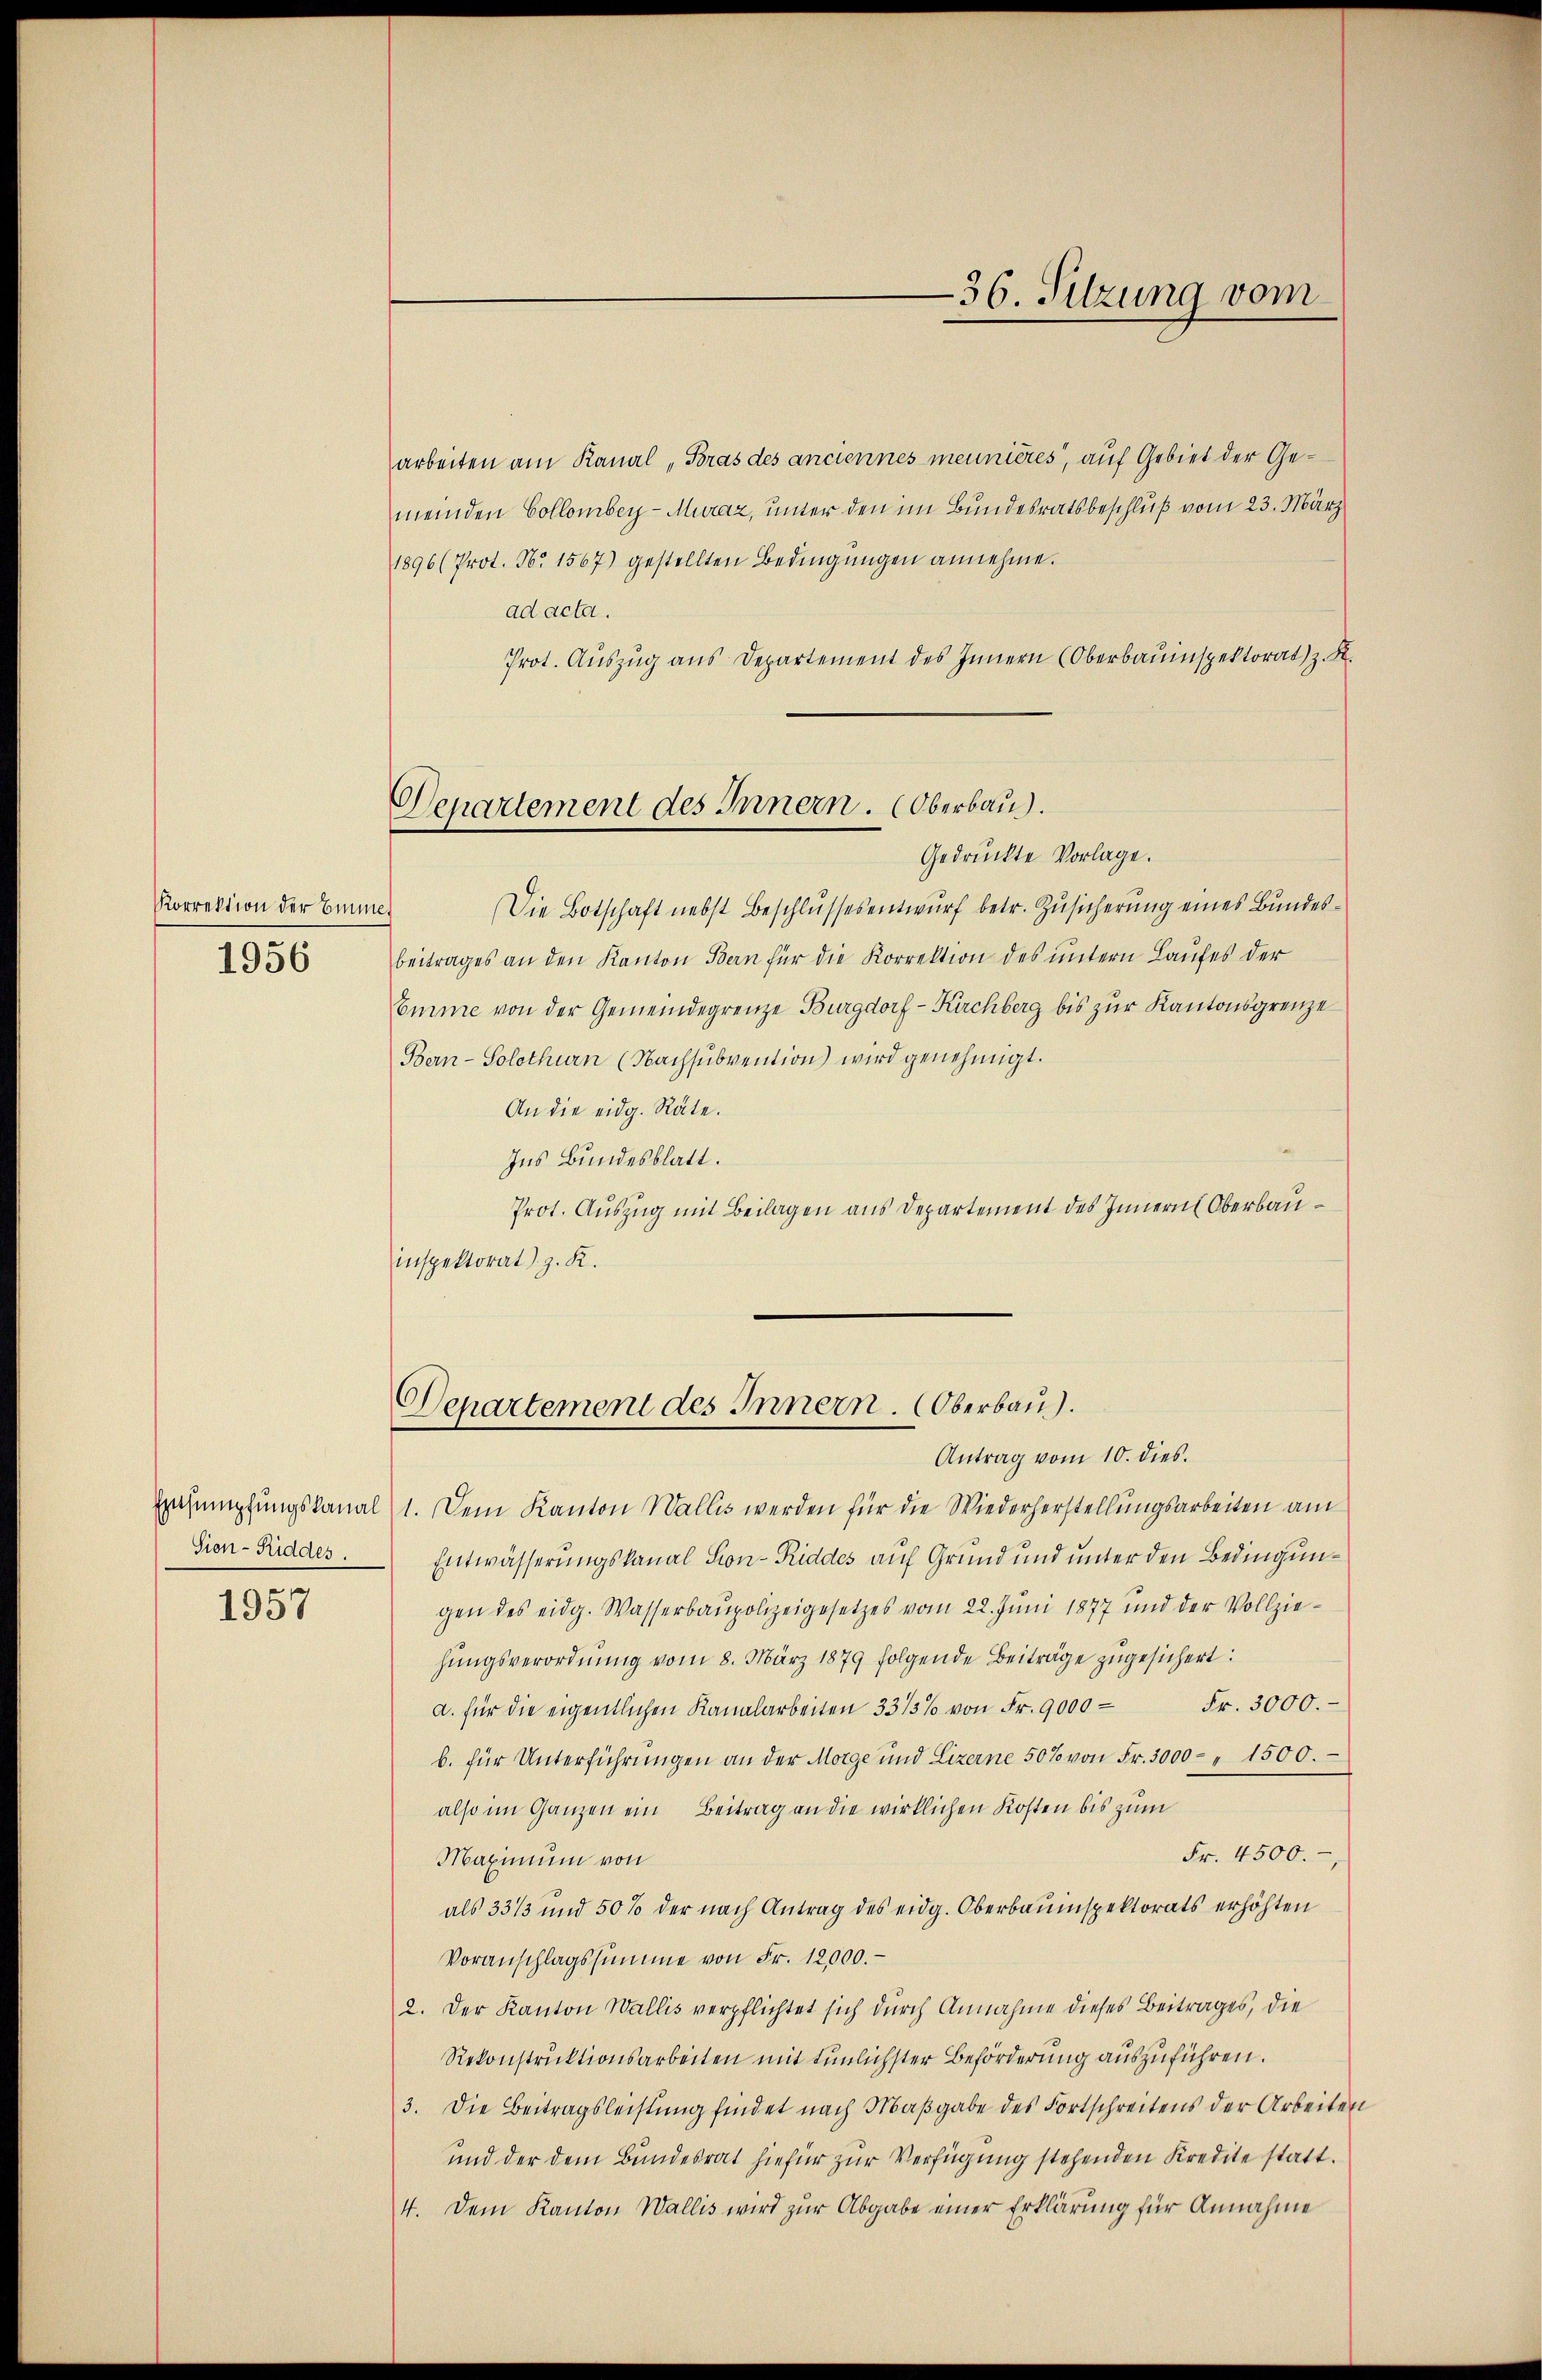
Korrektion der Benn

1956

Tion-Riddes

1957

Departement des Innern. Oberbau.
Gedruckte Vorlage.

Departement des Innern. Oberbau.

arbeiten am Kanal, Bras des anciennes meunières, auf Gebiet der Gemeinden Collomber-Muraz, unter den im Bundesratsbeschluß vom 23. März
1896 (Prot. Nr. 1567) gestellten Bedingungen annehme.
ad acta.
Prot. Aŭszŭg aŭs Departement des Innern (Oberbauinspektorat) z. R.
Die Botschaft nebst Beschlŭssesentwŭrf betr. Zŭsicherŭng eines Bundes-
beitrages an den Kanton Bern für die Korrektion des untern Laufes der
Emme von der Gemeindegrenze Burgdorf - Kirchberg bis zur Kantonsgrenze
Bern-Solothurn (Nachsubvention) wird genehmigt.
An die eidg. Räte.
Ins Bundesblatt.
Prot. Auszug mit Beilagen aus Departement des Innern Oberbauinspektorat) z. R.

—36. Sitzung vom

Antrag vom 10. dies.
Eesumpfungskanal 1. Dem Kanton Wallis werden für die Wiederherstellungsarbeiten am
Entwässerungskanal Son-Riddes auf Grund und unter den Bedingungen des eidg. Wasserbaupolizeigesetzes vom 22. Juni 1877 und der Vollziehŭngsverordnŭng vom 8. März 1879 folgende Beiträge zugesichert:
Fr. 3000.
d. für die eigentlichen Kanalarbeiten 33/3% von Fr. 9000-
b. für Unterführŭngen an der Morge und Lizerne 50% von Fr. 3000 - " 1500.
also im Ganzen ein Beitrag an die wirklichen Kosten bis zum
Fr. 4500.
Maximum von
als 33/3 und 50% der nach Antrag des eidg. Oberbauinspektorats erhöhten
Voranschlagssumme von Fr. 12,000.-
2. Der Kanton Wallis verpflichtet sich durch Annahme dieses Beitrages, die
Rekonstruktionsarbeiten mit tunlichster Beförderung auszuführen.
3. Die Beitragsleistung findet nach Maßgabe des Fortschreitens der Arbeiten
und der dem Bundesrat hiefür zur Verfügung stehenden Kredite statt.
4. Dem Kanton Wallis wird zur Abgabe einer Erklärung für Annahme